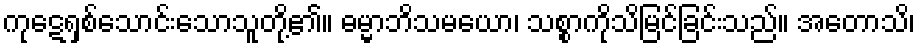
ကုဋေရှစ်သောင်းသောသူတို့၏။ ဓမ္မာဘိသမယော၊ သစ္စာကိုသိမြင်ခြင်းသည်။ အတောသိ၊